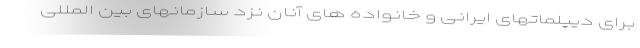
برای دیپلماتهای ایرانی و خانواده های آنان نزد سازمانهای بین المللی